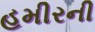
હમીરની